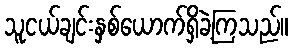
သူငယ်ချင်းနှစ်ယောက်ရှိခဲ့ကြသည်။